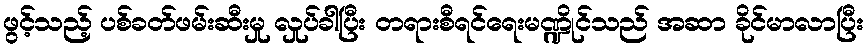
ဖွင့်သည့် ပစ်ခတ်ဖမ်းဆီးမှု လှုပ်ခါပြီး တရားစီရင်ရေးမဏ္ဍိုင်သည် အဆာ ခိုင်မာလာပြီး